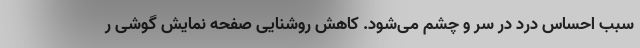
سبب احساسِ درد در سر و چشم می‌شود. کاهش روشنایی صفحه نمایش گوشی ر